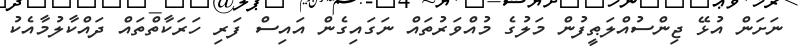
ނަށަން އުޅޭ ޖިންސުއްލަޠީފުން މަލުގެ މުއްވަރުތައް ނަގައިގެން އައިސް ފަރި ހަރަކާތްތައް ދައްކާލުމާއެކު